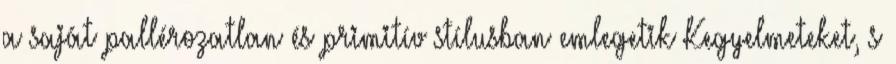
a saját pallérozatlan és primitív stílusban emlegetik Kegyelmeteket, s